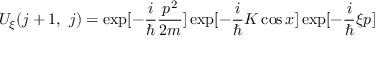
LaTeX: U _ { \xi } ( j + 1 , ~ j ) = \exp [ - \frac { i } { \hbar } \frac { p ^ { 2 } } { 2 m } ] \exp [ - \frac { i } { \hbar } K \cos x ] \exp [ - \frac { i } { \hbar } \xi p ]